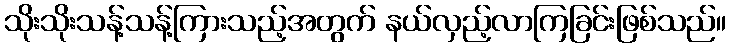
သိုးသိုးသန့်သန့်ကြားသည့်အတွက် နယ်လှည့်လာကြခြင်းဖြစ်သည်။